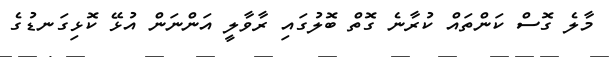
މާލެ ގޮސް ކަންތައް ކުރާނެ ގޮތް ބޮލުގައި ރާވާލީ އަންނަން އުޅޭ ކޮޅިގަނޑުގެ